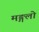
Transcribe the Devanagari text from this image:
मङ्गलो